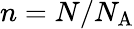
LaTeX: n=N/N_{\mathrm{A}}